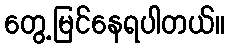
တွေ့မြင်နေရပါတယ်။